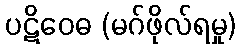
ပဋိဝေဓ (မဂ်ဖိုလ်ရမှု)